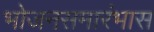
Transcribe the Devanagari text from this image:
भोजनसमारंभास